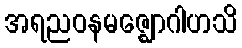
အရညဝနမဇ္ဈောဂါဟသိ